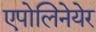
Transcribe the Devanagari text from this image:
एपोलिनेयेर